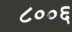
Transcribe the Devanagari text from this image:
८००६